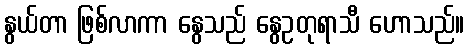
နွယ်တာ ဖြစ်လာကာ နွေသည် နွေဥတုရာသီ ဟောသည်။